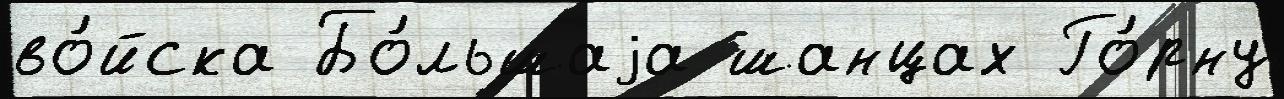
во́йска Бо́льшаjа шанцах Го́рну